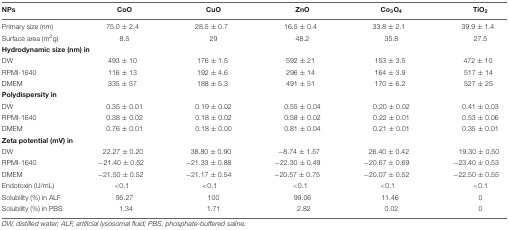
<table><thead><tr><td><b>NPs</b></td><td><b>CoO</b></td><td><b>CuO</b></td><td><b>ZnO</b></td><td><b>Co<sub>3</sub>O<sub>4</sub></b></td><td><b>TiO<sub>2</sub></b></td></tr></thead><tbody><tr><td>Primary size (nm)</td><td>75.0 ± 2.4</td><td>28.5 ± 0.7</td><td>16.5 ± 0.4</td><td>33.8 ± 2.1</td><td>39.9 ± 1.4</td></tr><tr><td>Surface area (m<sup>2</sup>g)</td><td>8.5</td><td>29</td><td>48.2</td><td>35.8</td><td>27.5</td></tr><tr><td colspan="2"><b>Hydrodynamic size (nm) in</b></td><td></td><td></td><td></td><td></td></tr><tr><td>DW</td><td>493 ± 10</td><td>176 ± 1.5</td><td>592 ± 21</td><td>153 ± 3.5</td><td>472 ± 10</td></tr><tr><td>RPMI-1640</td><td>116 ± 13</td><td>192 ± 4.6</td><td>296 ± 14</td><td>164 ± 3.9</td><td>517 ± 14</td></tr><tr><td>DMEM</td><td>335 ± 57</td><td>188 ± 5.3</td><td>491 ± 51</td><td>170 ± 6.2</td><td>527 ± 25</td></tr><tr><td><b>Polydispersity in</b></td><td></td><td></td><td></td><td></td><td></td></tr><tr><td>DW</td><td>0.35 ± 0.01</td><td>0.19 ± 0.02</td><td>0.55 ± 0.04</td><td>0.20 ± 0.02</td><td>0.41 ± 0.03</td></tr><tr><td>RPMI-1640</td><td>0.38 ± 0.02</td><td>0.18 ± 0.02</td><td>0.58 ± 0.02</td><td>0.22 ± 0.01</td><td>0.53 ± 0.06</td></tr><tr><td>DMEM</td><td>0.76 ± 0.01</td><td>0.18 ± 0.00</td><td>0.81 ± 0.04</td><td>0.21 ± 0.01</td><td>0.35 ± 0.01</td></tr><tr><td colspan="2"><b>Zeta potential (mV) in</b></td><td></td><td></td><td></td><td></td></tr><tr><td>DW</td><td>22.27 ± 0.20</td><td>38.80 ± 0.90</td><td>–8.74 ± 1.57</td><td>26.40 ± 0.42</td><td>19.30 ± 0.50</td></tr><tr><td>RPMI-1640</td><td>–21.40 ± 0.52</td><td>–21.33 ± 0.88</td><td>–22.30 ± 0.49</td><td>–20.67 ± 0.69</td><td>–23.40 ± 0.53</td></tr><tr><td>DMEM</td><td>–21.50 ± 0.52</td><td>–21.17 ± 0.54</td><td>–20.57 ± 0.75</td><td>–20.07 ± 0.52</td><td>–22.50 ± 0.55</td></tr><tr><td>Endotoxin (U/mL)</td><td>&lt;0.1</td><td>&lt;0.1</td><td>&lt;0.1</td><td>&lt;0.1</td><td>&lt;0.1</td></tr><tr><td>Solubility (%) in ALF</td><td>95.27</td><td>100</td><td>99.06</td><td>11.46</td><td>0</td></tr><tr><td>Solubility (%) in PBS</td><td>1.34</td><td>1.71</td><td>2.82</td><td>0.02</td><td>0</td></tr></tbody></table>